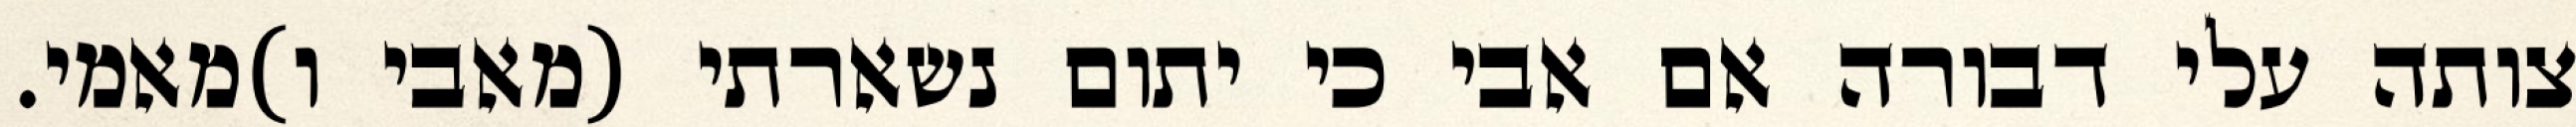
צותה עלי דבורה אם אבי כי יתום נשארתי (מאבי ו)מאמי.